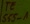
Text: 555-1